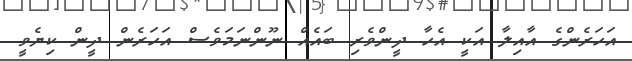
އަހަރެންގެ އާއިލާ އަކީ އެހާ ދީންވެރި ބައެއް ނޫންނަމަވެސް އަހަރެން ދީން ކިޔެވީ